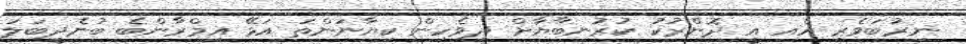
ނިރުބަވެރި އެއ އީ ދޮންރުކު ކުރުނބާޔާށް ދިވެހިން ކިޔާނަންތަ އަޅޭ އިމްރާންބެ ބުނެދީބަލަ